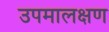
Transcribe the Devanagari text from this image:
उपमालक्षण